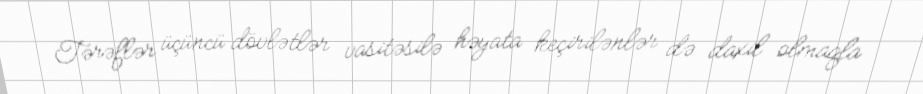
Tərəflər üçüncü dövlətlər vasitəsilə həyata keçirilənlər də daxil olmaqla